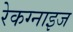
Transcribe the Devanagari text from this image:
रेकग्नाइज